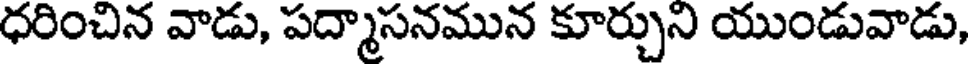
ధరించిన వాడు, పద్మాసనమున కూర్చుని యుండువాడు,